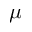
\mu